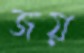
জয়